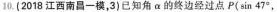
10. (2018江西南昌一模，3)已知角 α 的终边经过点 P(sin 47°，